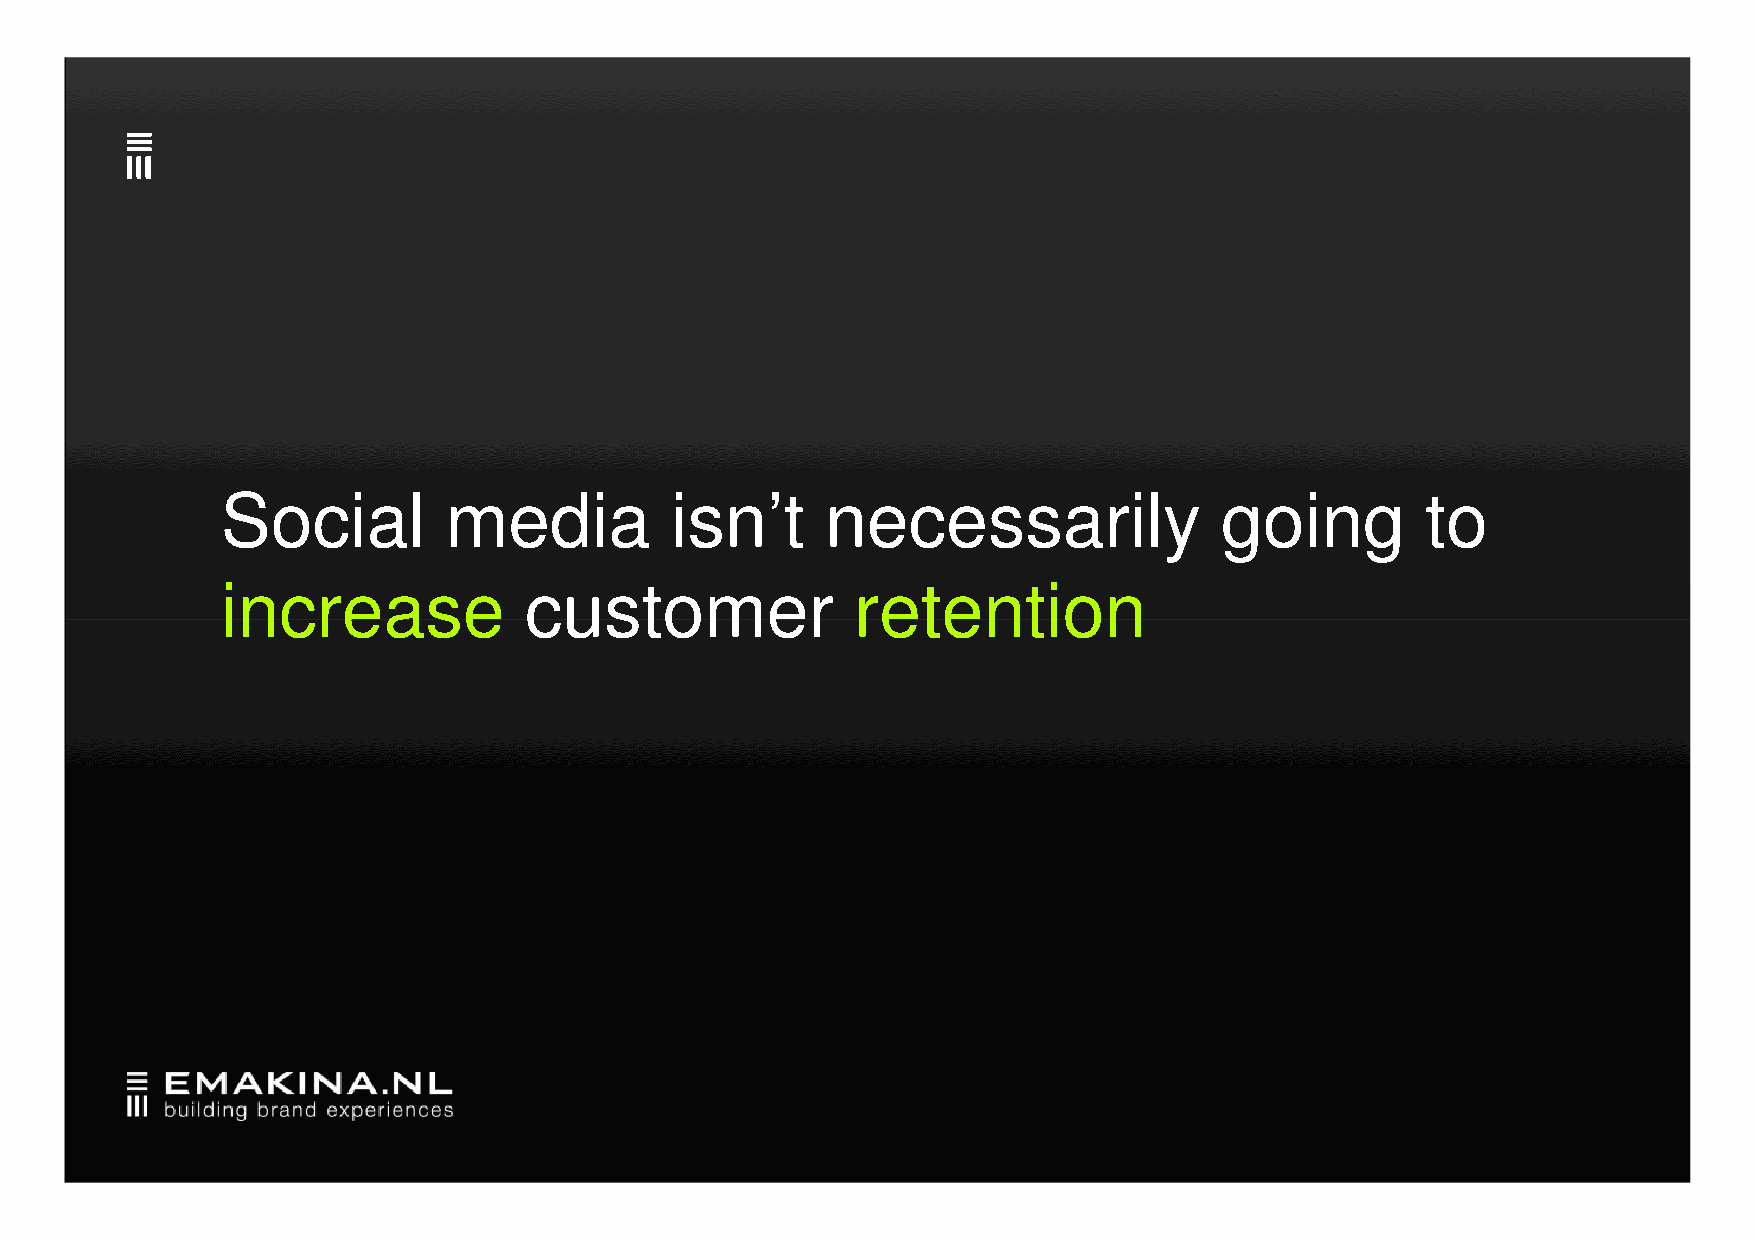
Social        media          isn’t      necessarily               going        to
 iinnccrreeaassee    ccuussttoommeerr      rreetteennttiioonn